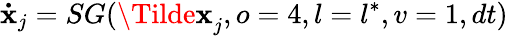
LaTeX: \mathbf{\dot{x}}_{j}=SG(\mathbf{\Tilde{x}}_{j},o=4,l=l^{\ast},v=1,dt)